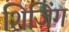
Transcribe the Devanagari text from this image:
शिजिंग